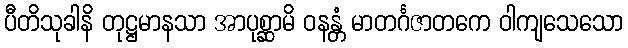
ပီတိသုခါနိ တုဋ္ဌမာနသာ အာပုစ္ဆာမိ ဝနန္တံ မာတင်္ဂဇာတကေ ဝါကျသေသော